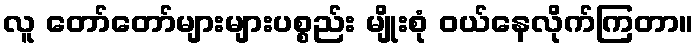
လူ တော်တော်များများပစ္စည်း မျိုးစုံ ဝယ်နေလိုက်ကြတာ။